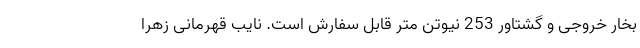
بخار خروجی و گشتاور 253 نیوتن متر قابل سفارش است. نایب قهرمانی زهرا